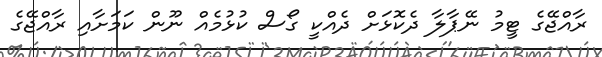
ރާއްޖޭގެ ޓީމު ނޭޕާލާ ދެކޮޅަށް ދެއްކީ ގޯސް ކުޅުމެއް ނޫން ކަމަށާއި ރާއްޖޭގެ